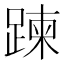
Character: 𨃀